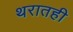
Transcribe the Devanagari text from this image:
थरातही